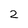
Character: 2